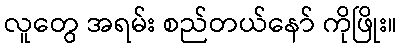
လူတွေ အရမ်း စည်တယ်နော် ကိုဖြိုး။